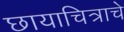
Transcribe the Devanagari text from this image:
छायाचित्राचे